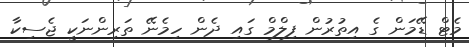
މެޓް ޑޭމަން ގެ އިތުރުން ފިލްމް ގައި ދެން ހިމެނޭ ތަރިންނަކީ ޖެސިކާ